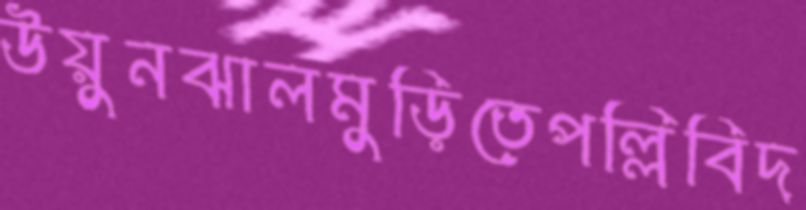
উয়ুনঝালমুড়িতেপল্লিবিদ